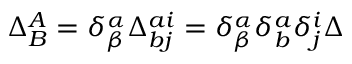
\Delta _ { B } ^ { A } = \delta _ { \beta } ^ { \alpha } \Delta _ { b j } ^ { a i } = \delta _ { \beta } ^ { \alpha } \delta _ { b } ^ { a } \delta _ { j } ^ { i } \Delta